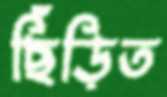
ছিঁড়িত